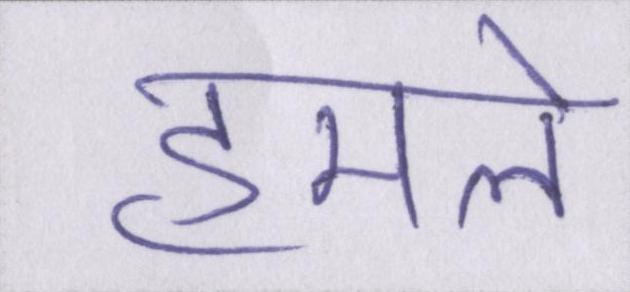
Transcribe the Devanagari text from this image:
हमले